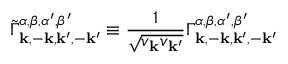
\tilde { \Gamma } _ { \mathbf { k } , - \mathbf { k } , \mathbf { k } ^ { \prime } , - \mathbf { k } ^ { \prime } } ^ { \alpha , \beta , \alpha ^ { \prime } , \beta ^ { \prime } } \equiv \frac { 1 } { \sqrt { v _ { \mathbf { k } } v _ { \mathbf { k } ^ { \prime } } } } \Gamma _ { \mathbf { k } , - \mathbf { k } , \mathbf { k } ^ { \prime } , - \mathbf { k } ^ { \prime } } ^ { \alpha , \beta , \alpha ^ { \prime } , \beta ^ { \prime } }